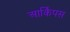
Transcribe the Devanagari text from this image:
आर्किपस